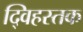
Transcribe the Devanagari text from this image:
द्विहस्तक